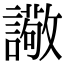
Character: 䜘